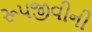
રૂપજીવીની